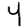
Digit: 4